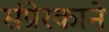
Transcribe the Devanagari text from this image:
संप्रेरकाने